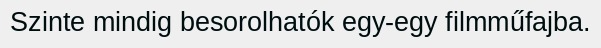
Szinte mindig besorolhatók egy-egy filmműfajba.